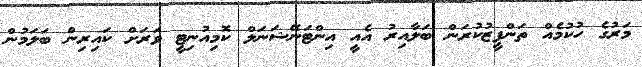
މަރުގެ ހުކުމެއް ތަންފީޒުކުރަން ބަލާއިރު އެއީ އިންޓަނޭޝަނަލް ކޮމިއުނިޓީ ވަރަށް ކައިރިން ބަލަމުން